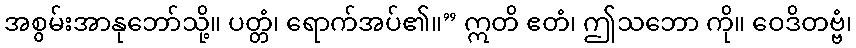
အစွမ်းအာနုဘော်သို့။ ပတ္တံ၊ ရောက်အပ်၏။” ဣတိ ဧတံ၊ ဤသဘော ကို။ ဝေဒိတဗ္ဗံ၊